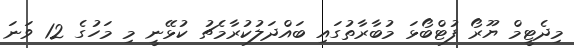
މިދެޓީމް ޔޫރޯ ފުޓްބޯޅަ މުބާރާތުގައި ބައްދަލުކުރާމެޗު ކުޅޭނީ މި މަހުގެ 12 ވަނަ